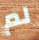
لم